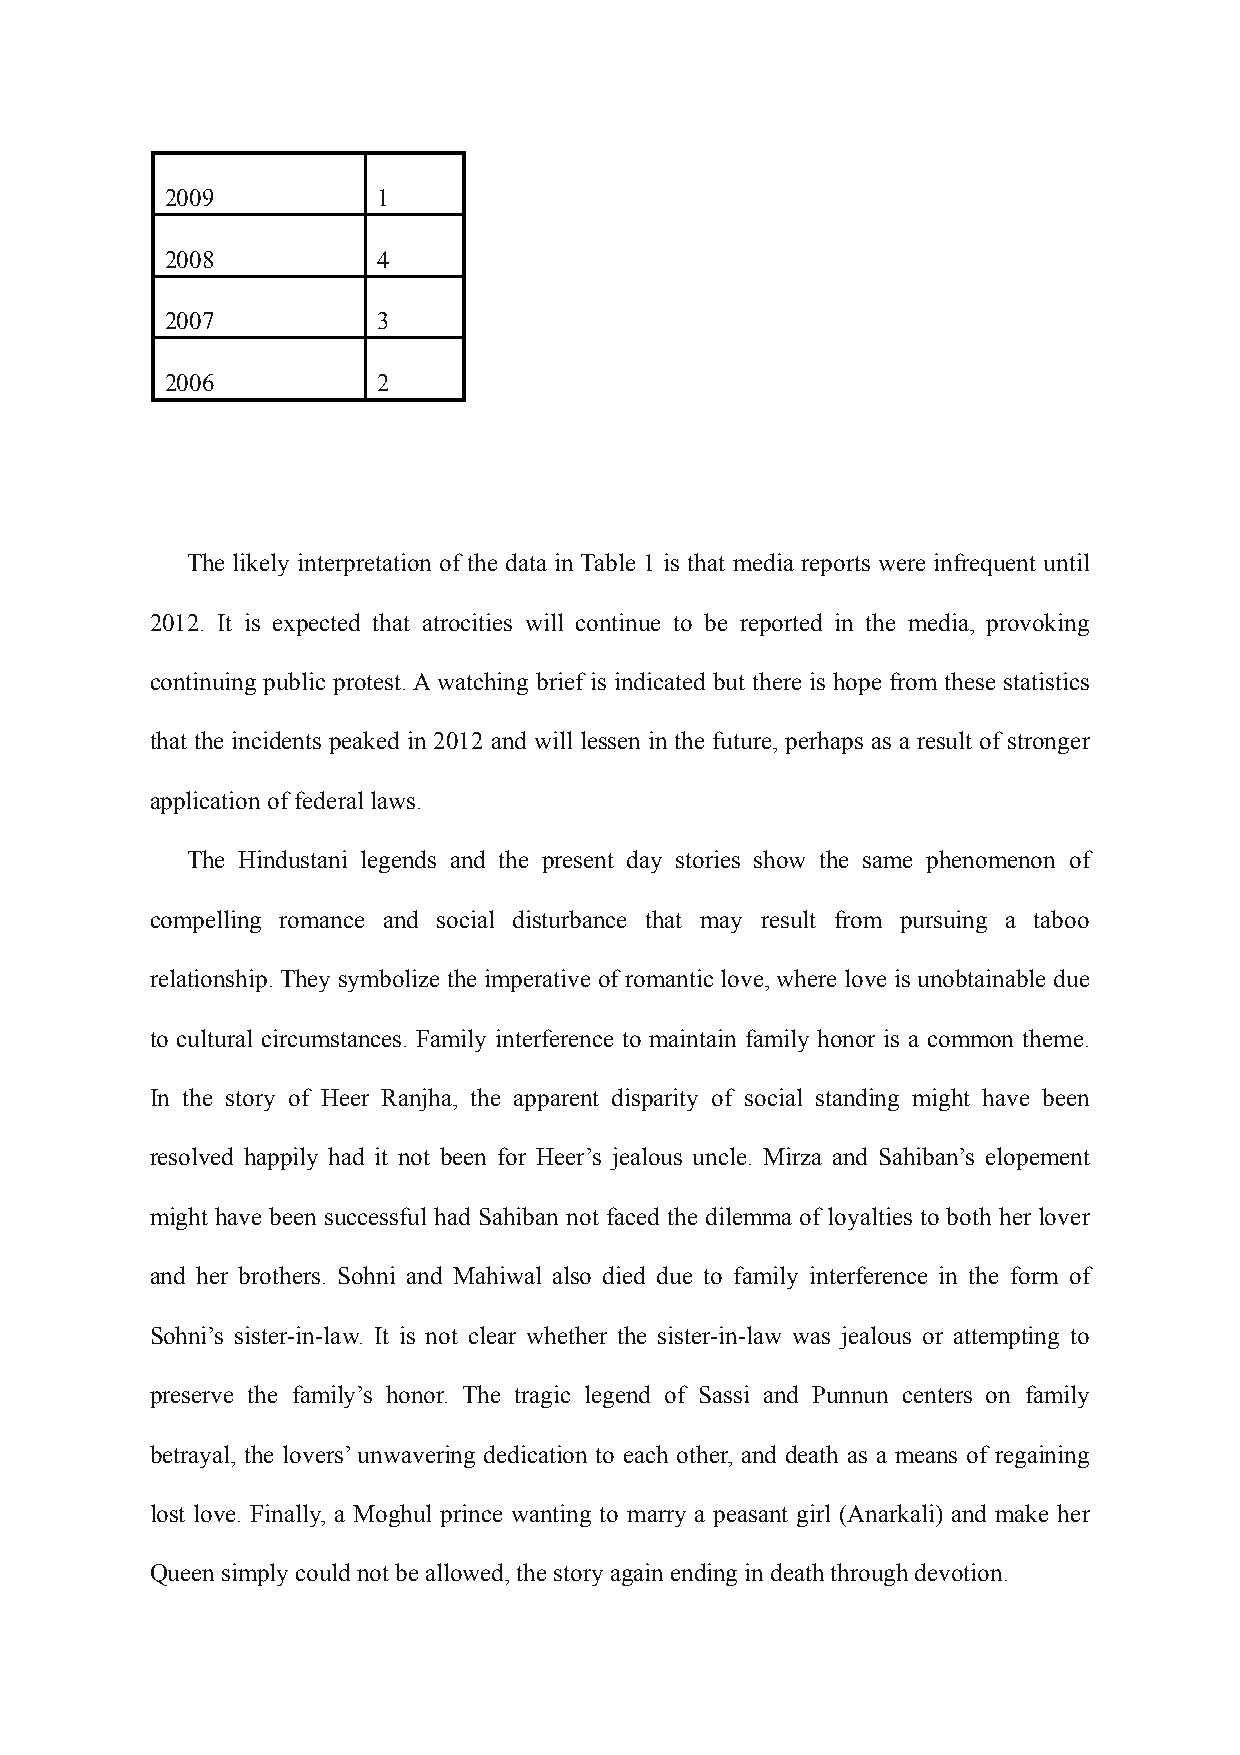
2009          1
 2008          4
 2007          3
 2006          2
 The likely interpretation of the data in Table 1 is that media reports were infrequent until
 2012. It is expected that atrocities will continue to be reported in the media, provoking
 continuing public protest. A watching brief is indicated but there is hope from these statistics
 that the incidents peaked in 2012 and will lessen in the future, perhaps as a result of stronger
 application of federal laws.
 The Hindustani legends and the present day stories show the same phenomenon of
 compelling romance and social disturbance that may result from pursuing a taboo
 relationship. They symbolize the imperative of romantic love, where love is unobtainable due
 to cultural circumstances. Family interference to maintain family honor is a common theme.
 In the story of Heer Ranjha, the apparent disparity of social standing might have been
 resolved happily had it not been for Heer’s jealous uncle. Mirza and Sahiban’s elopement
 might have been successful had Sahiban not faced the dilemma of loyalties to both her lover
 and her brothers. Sohni and Mahiwal also died due to family interference in the form of
 Sohni’s sister-in-law. It is not clear whether the sister-in-law was jealous or attempting to
 preserve the family’s honor. The tragic legend of Sassi and Punnun centers on family
 betrayal, the lovers’ unwavering dedication to each other, and death as a means of regaining
 lost love. Finally, a Moghul prince wanting to marry a peasant girl (Anarkali) and make her
 Queen simply could not be allowed, the story again ending in death through devotion.